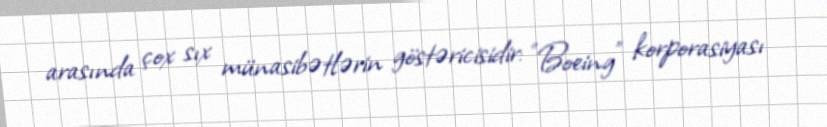
arasında çox sıx münasibətlərin göstəricisidir: "Boeing" korporasiyası